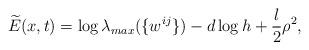
LaTeX: \begin{align*}\widetilde{E}(x,t)=\log \lambda_{max}(\{w^{ij}\})-d\log h+\frac{l}{2}\rho^{2},\end{align*}